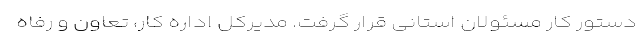
دستور کار مسئولان استانی قرار گرفت. مدیرکل اداره کار، تعاون و رفاه